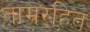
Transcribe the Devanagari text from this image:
ताम्ररहित